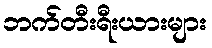
ဘက်တီးရီးယားများ